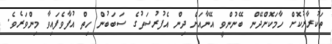
ތަކުރާރުކޮށް ހާމަކޮށްދޭން ބޭނުންވީ އޭނާއަށް ދިން އެފުރުސަތުގެ ސަބަބުން ހިތް އުފާވެފައިވާ މިންވަރެވެ.